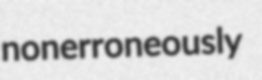
nonerroneously